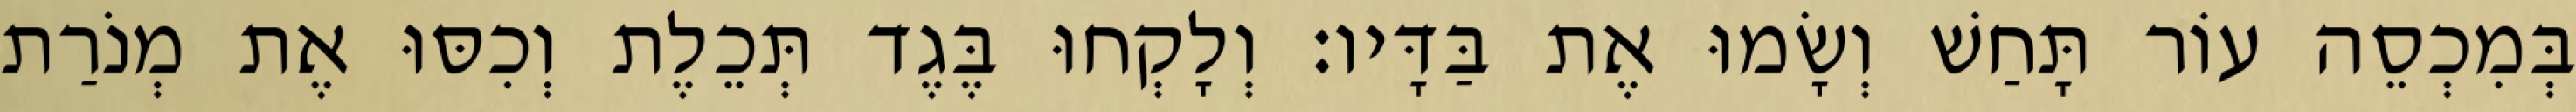
בְּמִכְסֵה עוֹר תָּחַשׁ וְשָׂמוּ אֶת בַּדָּיו׃ וְלָקְחוּ בֶּגֶד תְּכֵלֶת וְכִסּוּ אֶת מְנֹרַת